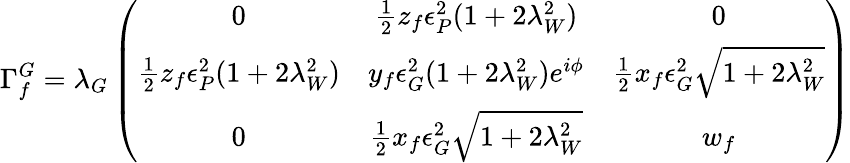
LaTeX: \Gamma_{f}^{G}=\lambda_{G}\left(\begin{array}{ccc}{{0}}&{{\frac{1}{2}z_{f}\epsilon_{P}^{2}(1+2\lambda_{W}^{2})}}&{{0}}\\ {{\frac{1}{2}z_{f}\epsilon_{P}^{2}(1+2\lambda_{W}^{2})}}&{{y_{f}\epsilon_{G}^{2}(1+2\lambda_{W}^{2})e^{i\phi}}}&{{\frac{1}{2}x_{f}\epsilon_{G}^{2}\sqrt{1+2\lambda_{W}^{2}}}}\\ {{0}}&{{\frac{1}{2}x_{f}\epsilon_{G}^{2}\sqrt{1+2\lambda_{W}^{2}}}}&{{w_{f}}}\end{array}\right)